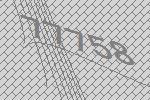
77758